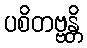
ပစိတဗ္ဗန္တိ